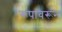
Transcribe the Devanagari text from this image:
रूपावरून